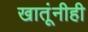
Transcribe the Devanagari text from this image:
खातूंनीही